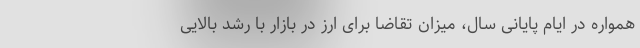
همواره در ایام پایانی سال، میزان تقاضا برای ارز در بازار با رشد بالایی